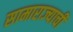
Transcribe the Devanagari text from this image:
सामाराज्याची